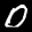
Label: 0